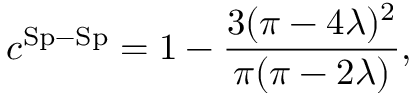
c ^ { \mathrm { S p - S p } } = 1 - \frac { 3 ( \pi - 4 \lambda ) ^ { 2 } } { \pi ( \pi - 2 \lambda ) } ,